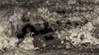
دقيقه